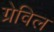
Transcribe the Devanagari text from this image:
ग्रेविल